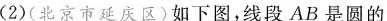
(2)(北京市延庆区)如下图，线段AB是圆的